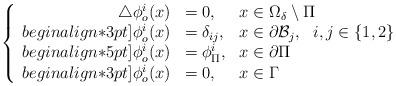
LaTeX: \begin{align*}\left\{\begin{array}{r l l }\triangle\phi_o^i(x) & = 0, & x\in \Omega_\delta\setminus \Pi\\begin{align*}3pt]\phi_o^i(x) & =\delta_{ij}, & \displaystyle x\in\partial \mathcal{B}_j,~~i,j\in\{1,2\}\\begin{align*}5pt]\phi_o^i(x) & = \phi_\Pi^i, & x\in \partial\Pi\\begin{align*}3pt]\phi_o^i(x) & = 0, & x\in \Gamma\end{array}\right.\end{align*}